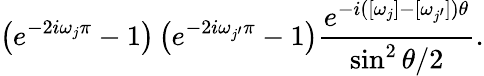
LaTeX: \left(e^{-2i\omega_{j}\pi}-1\right)\left(e^{-2i\omega_{j^{\prime}}\pi}-1\right)\frac{e^{-i([\omega_{j}]-[\omega_{j^{\prime}}])\theta}}{\sin^{2}\theta/2}.